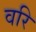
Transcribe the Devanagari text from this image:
वरि